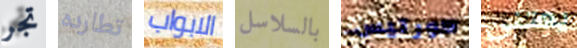
تجر تطارده الابواب بالسلاسل كورتيس يعتنى